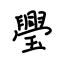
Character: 璺